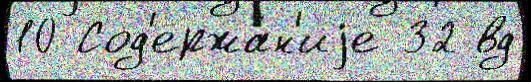
10 Сод'ержа́н'иjе 32 вд